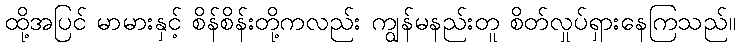
ထို့အပြင် မာမားနှင့် စိန်စိန်းတို့ကလည်း ကျွန်မနည်းတူ စိတ်လှုပ်ရှားနေကြသည်။